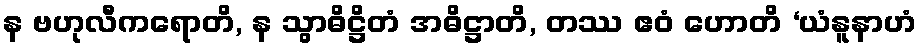
န ဗဟုလီကရောတိ, န သွာဓိဋ္ဌိတံ အဓိဋ္ဌာတိ, တဿ ဧဝံ ဟောတိ ‘ယံနူနာဟံ